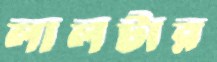
লালটার